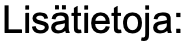
Lisätietoja: